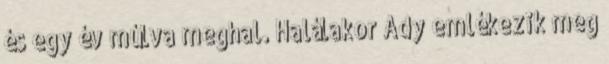
és egy év múlva meghal. Halálakor Ady emlékezik meg